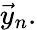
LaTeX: {\vec{y}}_{n}.